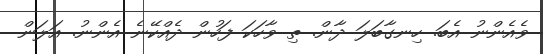
ވެއެންނު އެބަ. ހިނގާބަލަ ދާން. ތި ވާހަކަ ފަހުން ދެއްކޭނެ އެންނު. އަލަން